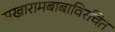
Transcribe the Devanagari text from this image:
सखारामबाबाविरचित